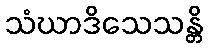
သံဃာဒိသေသန္တိ